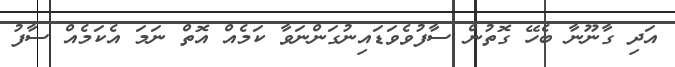
އަދި ގާނޫނާ ބެހޭ ގޮތުން ސާފުވެވަޑައިނުގަންނަވާ ކަމެއް އޮތް ނަމަ އެކަމެއް ސާފު